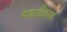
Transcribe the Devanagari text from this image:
महादेवगड